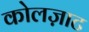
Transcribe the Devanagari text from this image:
कोलज़ाट